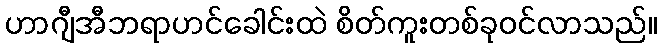
ဟာဂျီအီဘရာဟင်ခေါင်းထဲ စိတ်ကူးတစ်ခုဝင်လာသည်။